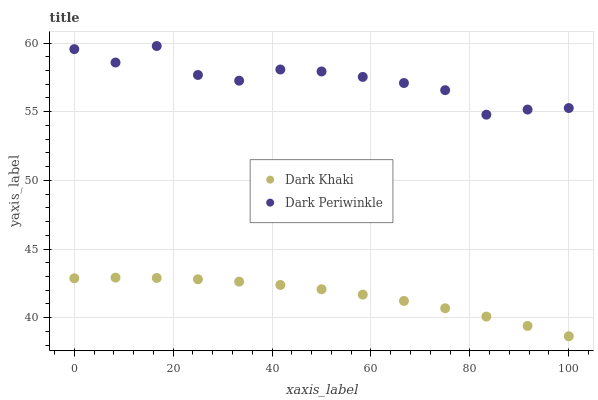
| xaxis_label | Dark Khaki | Dark Periwinkle |
 | --- | --- | --- |
 | 0 | 42.9 | 59.6 |
 | 8.33 | 42.9 | 58.6 |
 | 16.7 | 42.9 | 59.8 |
 | 25 | 42.8 | 57.7 |
 | 33.3 | 42.6 | 57.3 |
 | 41.7 | 42.4 | 58.1 |
 | 50 | 42.1 | 57.9 |
 | 58.3 | 41.7 | 57.5 |
 | 66.7 | 41.2 | 57.1 |
 | 75 | 40.7 | 56.6 |
 | 83.3 | 40.1 | 54.8 |
 | 91.7 | 39.4 | 55.2 |
 | 100 | 38.7 | 55.3 |